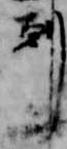
剋